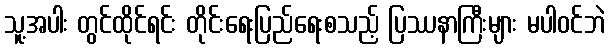
သူ့အပါး တွင်ထိုင်ရင်း တိုင်းရေးပြည်ရေးစသည့် ပြဿနာကြီးများ မပါဝင်ဘဲ